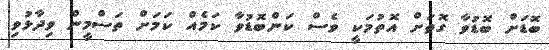
ބޮޑަށް ބޮޑުވާ ގޮތަށް އޮތުމަކީ ވެސް ކަންބޮޑުވާ ކަމެއް ކަމަށް ތަސްމީން ވިދާޅުވި